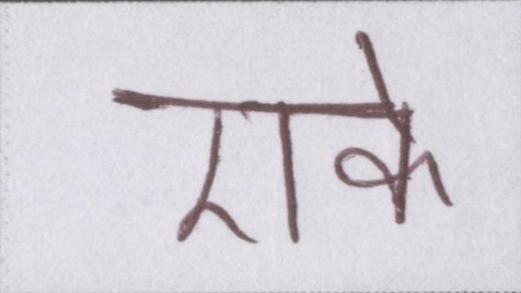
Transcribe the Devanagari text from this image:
एके